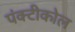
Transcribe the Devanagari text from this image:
पंक्टीकोल